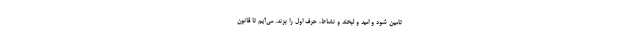
تامین شود و امید و لبخند و نشاط، حرف اول را بزند. می‌آیم تا قانون